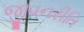
જીવનરીતિ